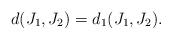
LaTeX: \begin{align*}d(J_1,J_2)=d_1(J_1,J_2).\end{align*}